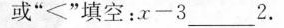
或”＜”填空：$$x-3___2$$.